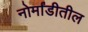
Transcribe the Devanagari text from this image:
नोर्मांडीतील